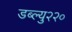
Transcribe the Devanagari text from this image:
डब्ल्यु२२०